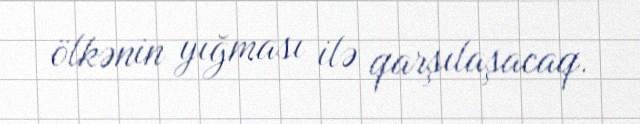
ölkənin yığması ilə qarşılaşacaq.